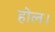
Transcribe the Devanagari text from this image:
होल।